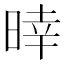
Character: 𣈑